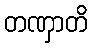
တဏှာတိ